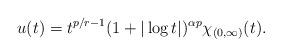
LaTeX: \begin{align*}u(t)=t^{p/r-1}(1+|\log t|)^{\alpha p}\chi_{(0,\infty)}(t).\end{align*}